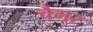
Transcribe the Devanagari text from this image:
चैमूर